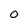
Character: 0